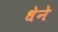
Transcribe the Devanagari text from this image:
धेने